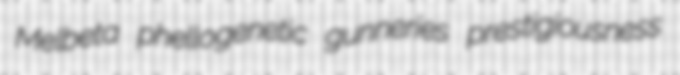
Melbeta phellogenetic gunneries prestigiousness